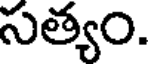
సత్యం.